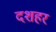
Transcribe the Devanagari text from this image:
दशहर